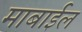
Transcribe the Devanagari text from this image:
माबाईल